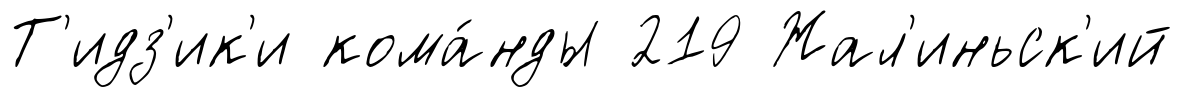
Т'идз'ик'и кома́нды 219 Жал'иньск'ий